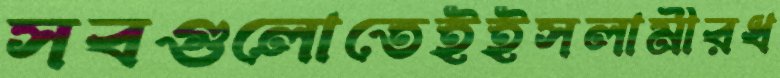
সবগুলোতেইইসলামীরধ